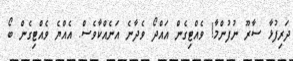
ދަރިފުޅާ ސާރޫ ނުފުންމާ! ވެއްޓިގެން އައްދޯ ވެދާނެ އަނެއްކާވެސް. އެއްޔެ ވެއްޓިގެން ބޯ